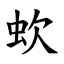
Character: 㰩